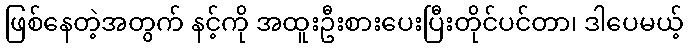
ဖြစ်နေတဲ့အတွက် နင့်ကို အထူးဦးစားပေးပြီးတိုင်ပင်တာ၊ ဒါပေမယ့်